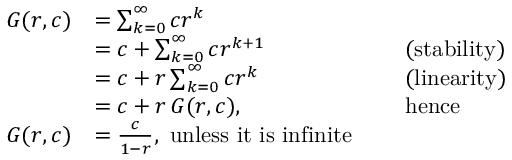
{ \begin{array} { r l r l } { G ( r , c ) } & { = \sum _ { k = 0 } ^ { \infty } c r ^ { k } } & & { } \\ & { = c + \sum _ { k = 0 } ^ { \infty } c r ^ { k + 1 } } & & { { \mathrm { ~ ( s t a b i l i t y ) ~ } } } \\ & { = c + r \sum _ { k = 0 } ^ { \infty } c r ^ { k } } & & { { \mathrm { ~ ( l i n e a r i t y ) ~ } } } \\ & { = c + r \, G ( r , c ) , } & & { { \mathrm { ~ h e n c e ~ } } } \\ { G ( r , c ) } & { = { \frac { c } { 1 - r } } , { \mathrm { ~ u n l e s s ~ i t ~ i s ~ i n f i n i t e } } } & & { } \end{array} }